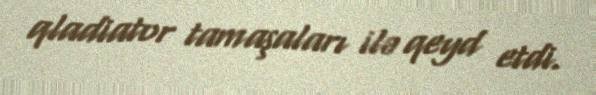
qladiator tamaşaları ilə qeyd etdi.